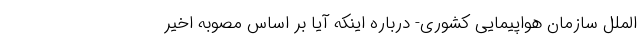
الملل سازمان هواپیمایی کشوری- درباره اینکه آیا بر اساس مصوبه اخیر